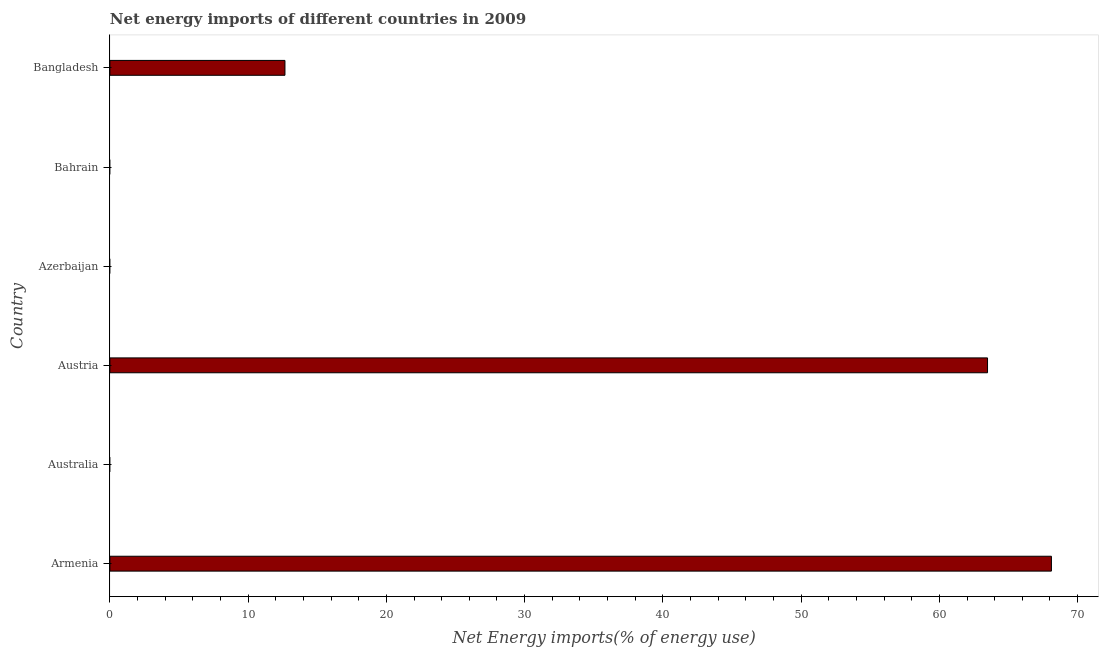
| Country | Energy imports |
 | --- | --- |
 | Armenia | 68.1 |
 | Australia | -138 |
 | Austria | 63.5 |
 | Azerbaijan | -441 |
 | Bahrain | -61 |
 | Bangladesh | 12.7 |